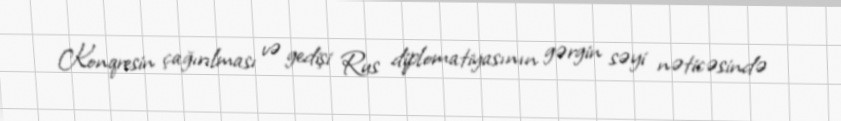
Konqresin çağırılması və gedişi Rus diplomatiyasının gərgin səyi nəticəsində